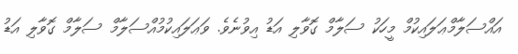
އައްސަލާމްޢަލައިކުމް މީހަކު ސަލާމް ގޮވާލި އަޑު އިވުނެވެ. ވަޢަލައިކުމުއްސަލާމް ސަލާމް ގޮވާލި އަޑު